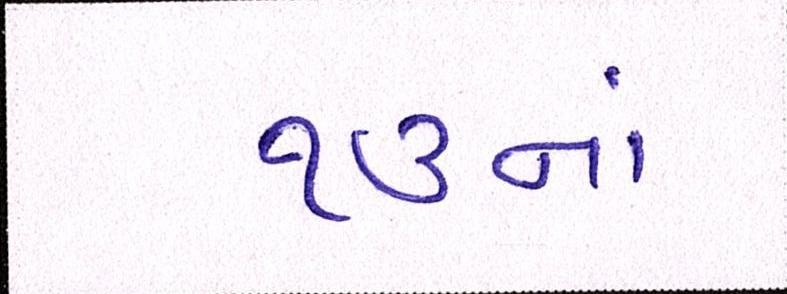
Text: ૧૩નાં